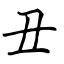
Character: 丑